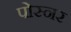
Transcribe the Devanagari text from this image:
पोस्‍नर